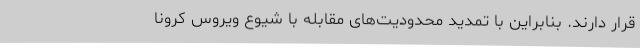
قرار دارند. بنابراین با تمدید محدودیت‌های مقابله با شیوع ویروس کرونا